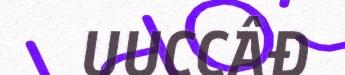
UUCCÂĐ